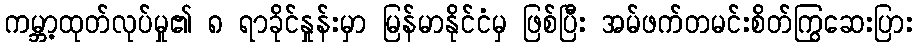
ကမ္ဘာ့ထုတ်လုပ်မှု၏ ၈ ရာခိုင်နှုန်းမှာ မြန်မာနိုင်ငံမှ ဖြစ်ပြီး အမ်ဖက်တမင်းစိတ်ကြွဆေးပြား